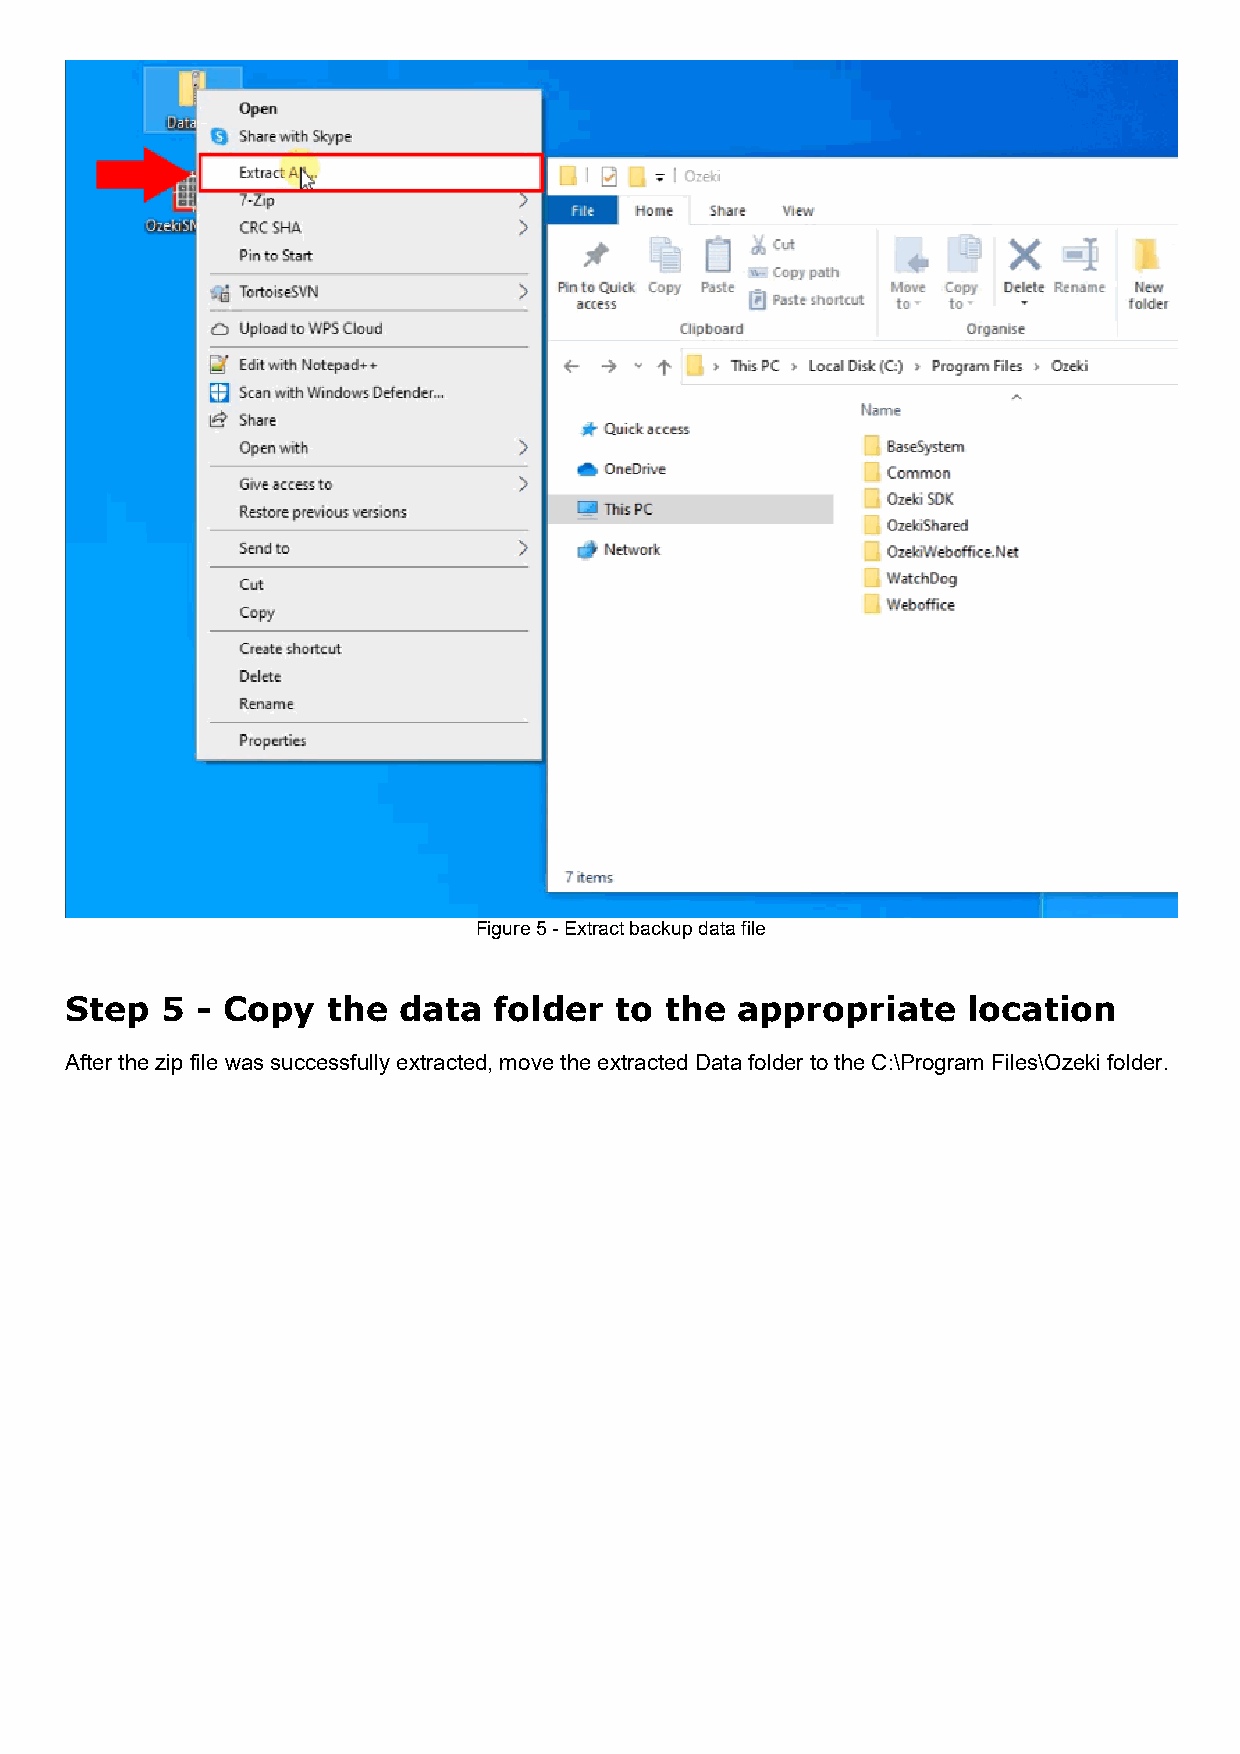
Figure 5 - Extract backup data file
 Step   5 - Copy   the data   folder  to the  appropriate    location
 After the zip file was successfully extracted, move the extracted Data folder to the C:\Program Files\Ozeki folder.